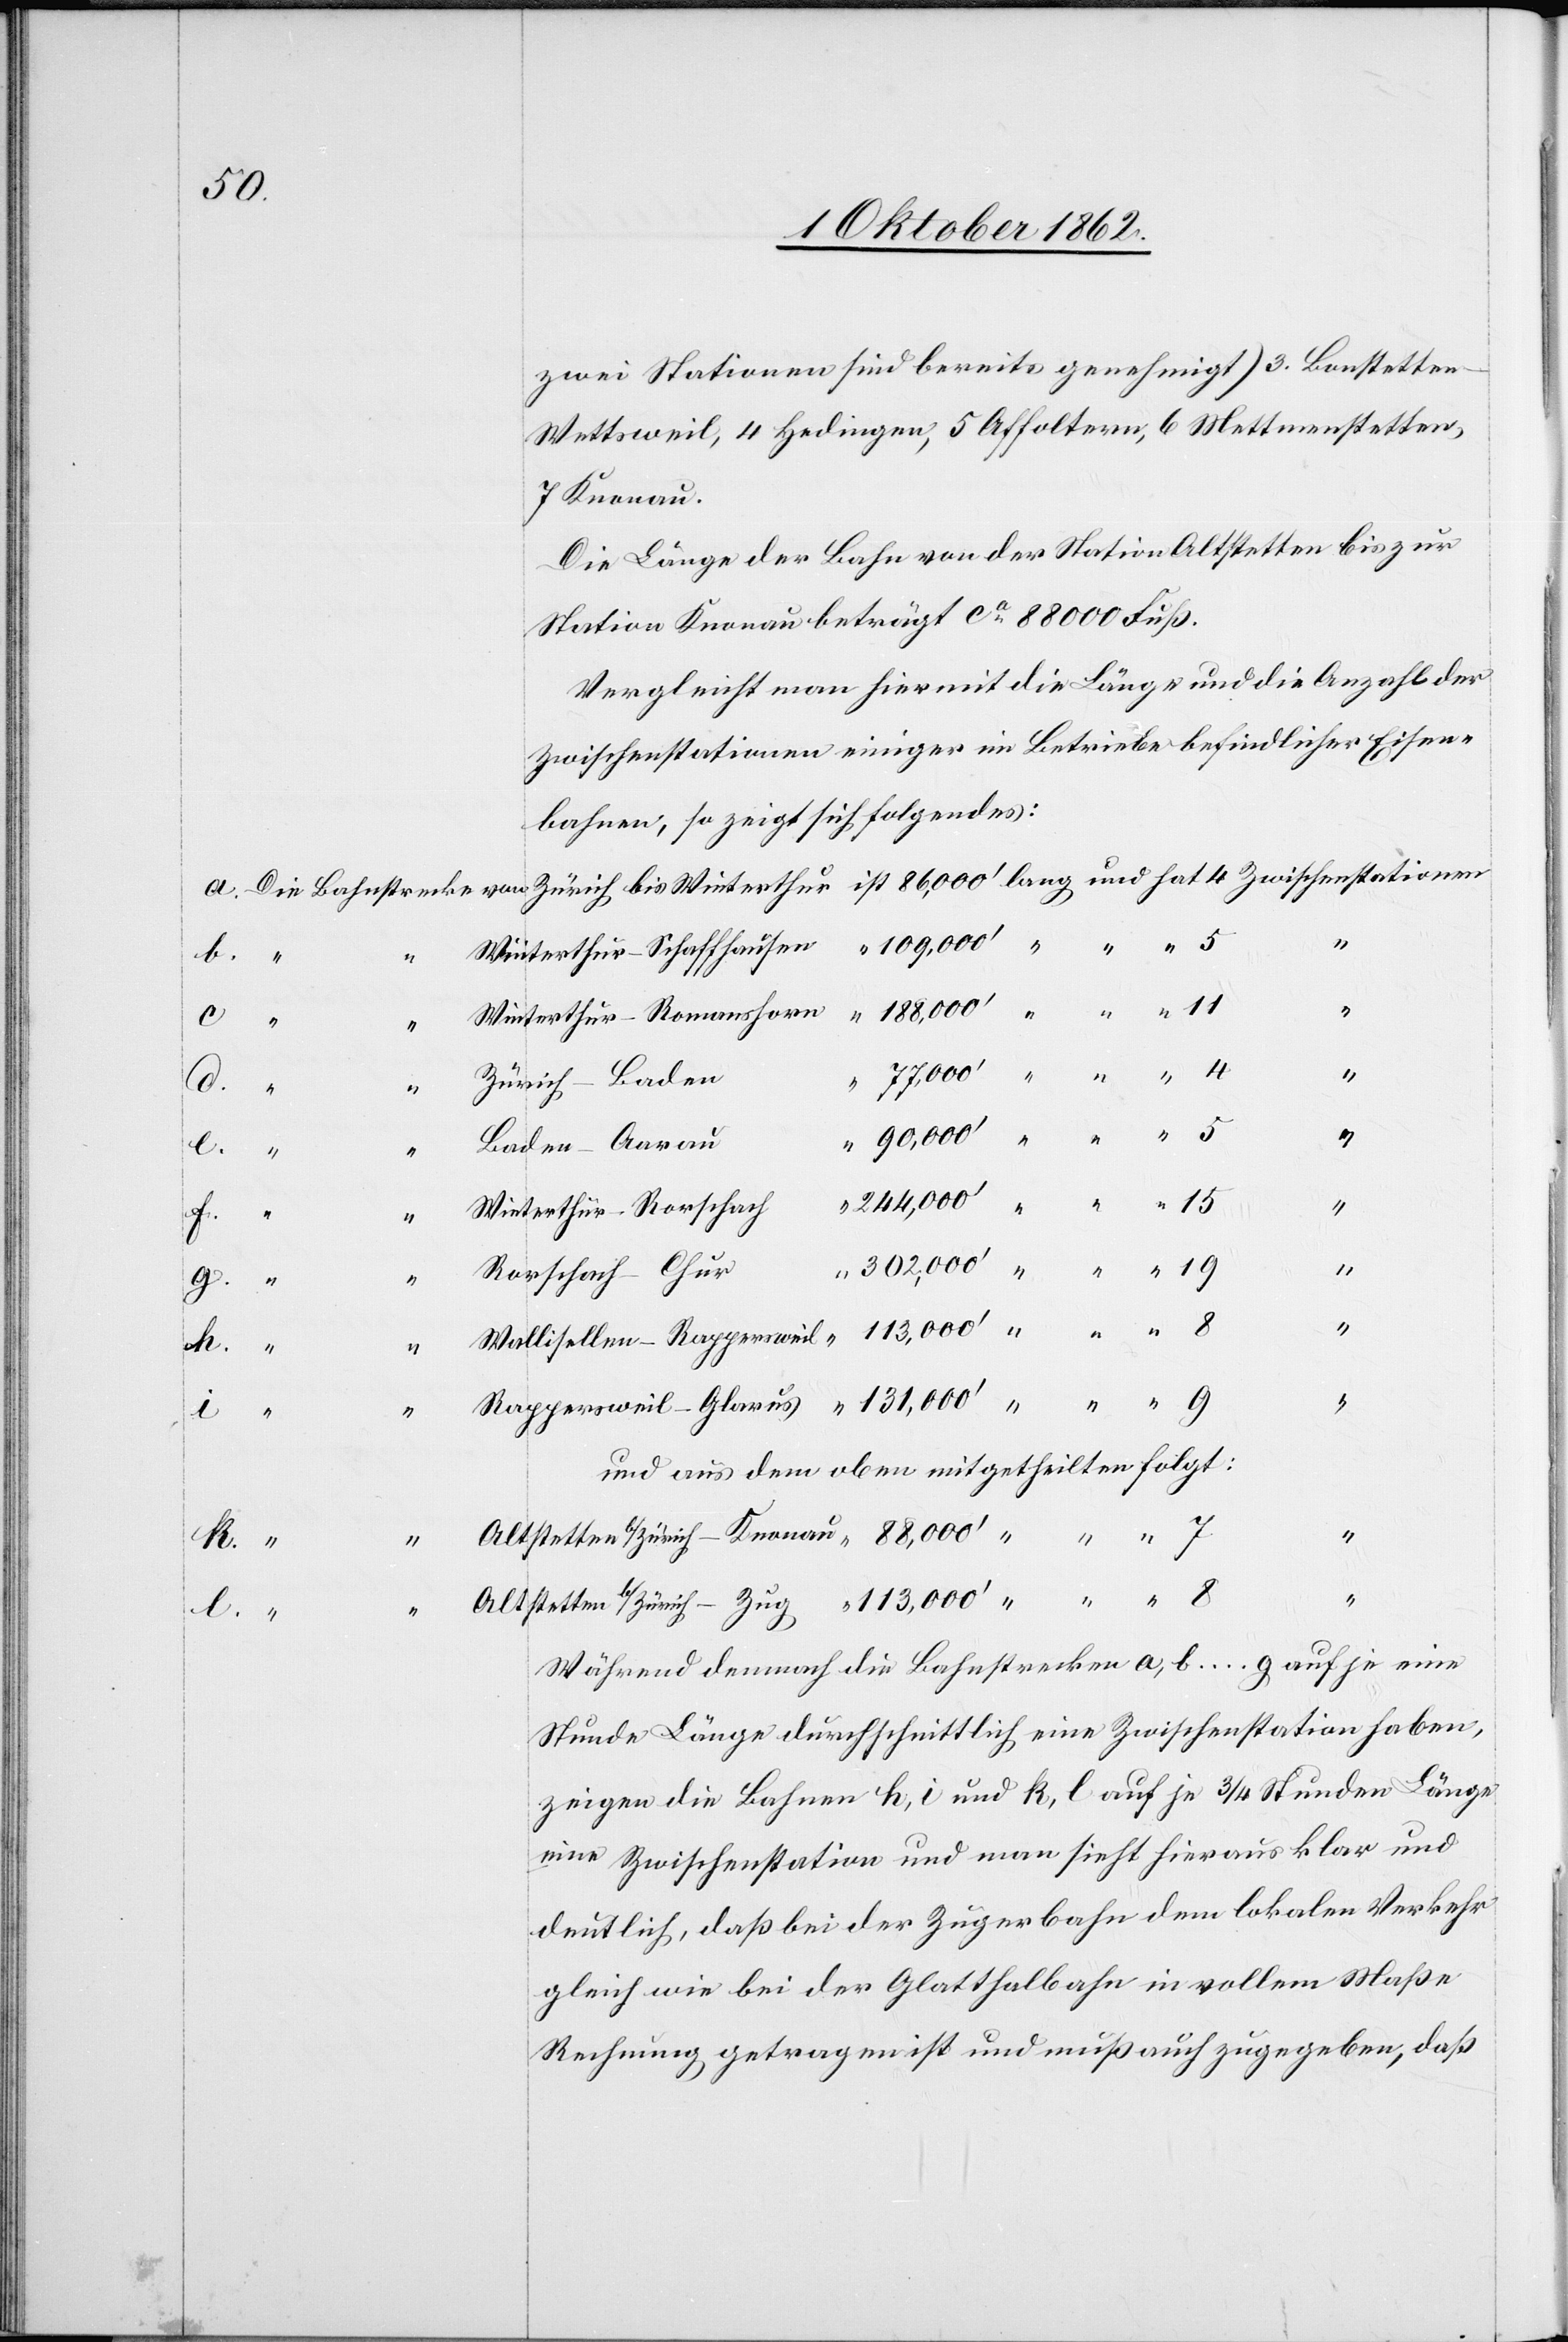
zwei Stationen sind bereits genehmigt) 3. Bonstetten-W¬
ettsweil, 4. Hedingen, 5. Affoltern, 6. Mettmenstetten,
7. Knonau.
Die Länge der Bahn von der Station Altstetten bis zur
Station Knonau beträgt ca 88 000 Fuß.
Vergleicht man hier mit die Länge und die Anzahl der
Zwischenstationen einiger im Betriebe befindlicher Eisen¬
bahnen, so zeigt sich folgendes:
Winterthur–Schaffhausen
c.
“
4
Zürich–Baden
Baden–Aarau
b
Winterthur–Rorschach
9
7
“
11
Rorschach–Chur
Altstet¬
5
und aus dem oben mitgetheilten folgt:
l.
Während demnach die Bahnstrecken a, b … g auf je eine
Stunde Länge durchschnittlich eine Zwischenstation haben,
zeigen die Bahnen h, i und k, l auf je 3/4 Stunden Länge
eine Zwischenstation und man sieht hieraus klar und
deutlich, daß bei der Zugerbahn in vollem Maße
Rechnung getragen ist und muß auch zugegeben, daß